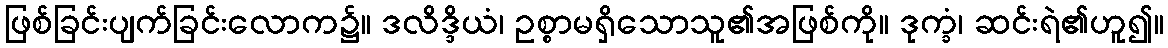
ဖြစ်ခြင်းပျက်ခြင်းလောက၌။ ဒလိဒ္ဒိယံ၊ ဥစ္စာမရှိသောသူ၏အဖြစ်ကို။ ဒုက္ခံ၊ ဆင်းရဲ၏ဟူ၍။